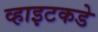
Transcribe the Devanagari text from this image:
व्हाइटकडे